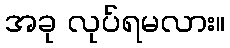
အခု လုပ်ရမလား။